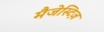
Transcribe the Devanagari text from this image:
मैजेस्टिज़